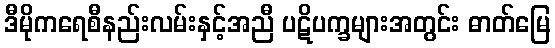
ဒီမိုကရေစီနည်းလမ်းနှင့်အညီ ပဋိပက္ခများအတွင်း ဓာတ်မြေ